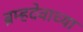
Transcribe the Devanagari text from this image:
ब्रम्हदेवाच्या